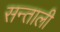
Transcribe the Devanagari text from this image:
सन्ताली